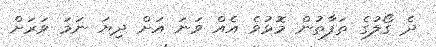
ދެ ގޯލުގެ ތަފާތުން މޮޅުވެ އެއް ވަނަ އަށް ދިޔަ ނަމަ ވަރަށް